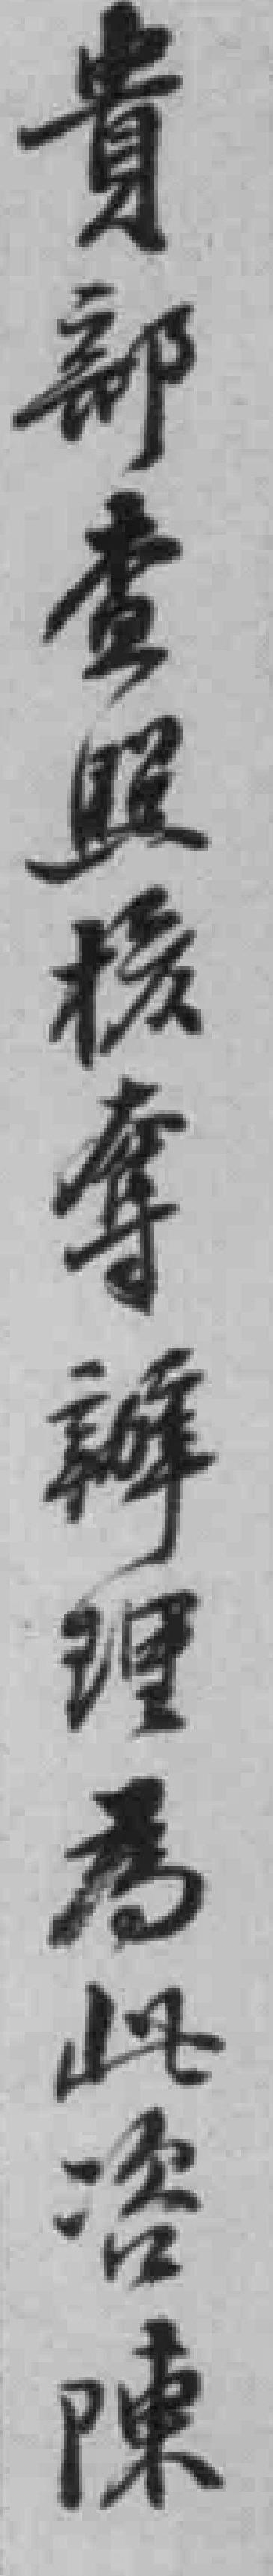
貴部查照核奪辦理為此溶陳